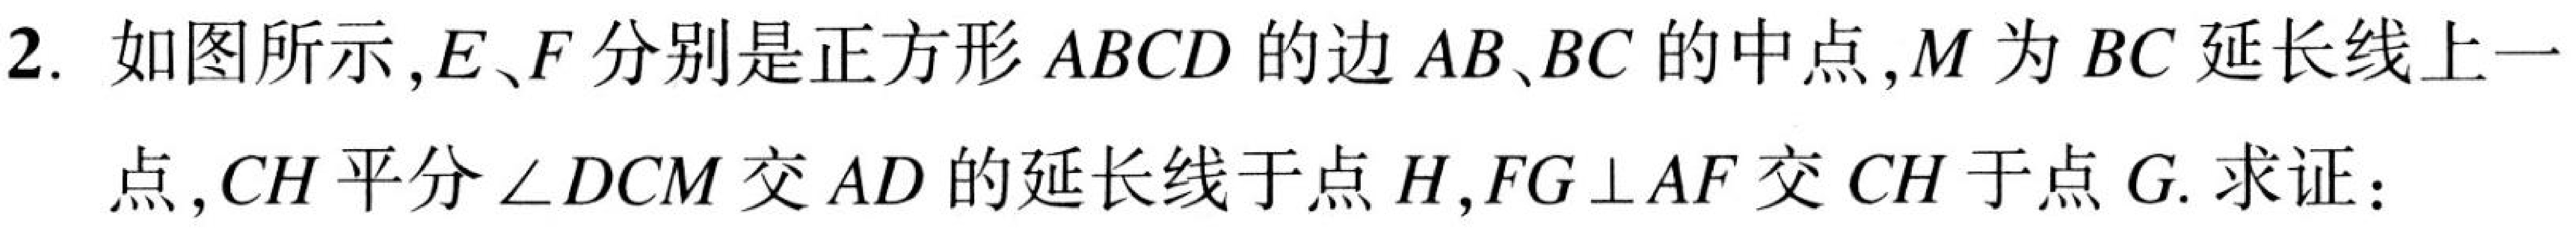
2. 如图所示,\(E、F\)分别是正方形 \(ABCD\) 的边 \(AB、BC\)的中点,\(M\)为 \(BC\)延长线上一
点,\(CH\)平分\(\angle DCM\)交 \(AD\)的延长线于点 \(H\),\(FG\perp AF\)交 \(CH\)于点 \(G\). 求证：